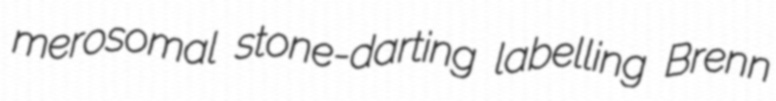
merosomal stone-darting labelling Brenn